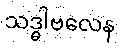
သဒ္ဓါဗလေန